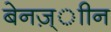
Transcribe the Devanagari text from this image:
बेनज़्ाीन